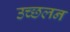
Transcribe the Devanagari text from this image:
उच्छलन